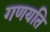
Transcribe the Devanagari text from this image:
गणयति